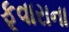
ફૂવારાના